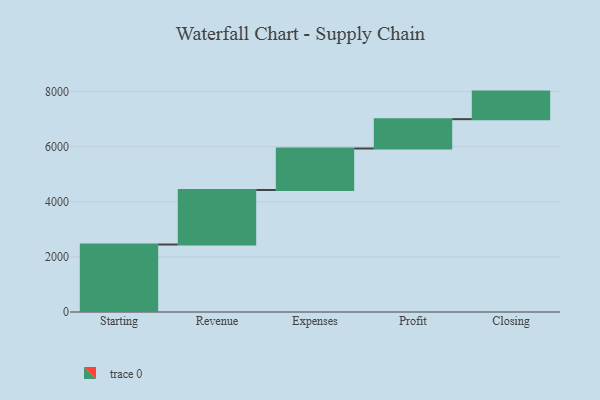
{"axis": {"x": "Step", "y": "Value"}, "legend": [""], "data": [{"x": "Starting", "y": 2449.0, "type": ""}, {"x": "Revenue", "y": 1978.0, "type": ""}, {"x": "Expenses", "y": 1506.0, "type": ""}, {"x": "Profit", "y": 1065.0, "type": ""}, {"x": "Closing", "y": 1000, "type": ""}]}